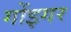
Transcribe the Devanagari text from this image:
गोंइगर